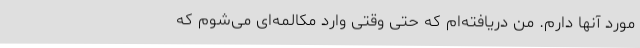
مورد آنها دارم. من دریافته‌ام که حتی وقتی وارد مکالمه‌ای می‌شوم که